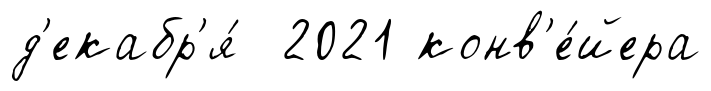
д'екабр'я́ 2021 конв'е́йера